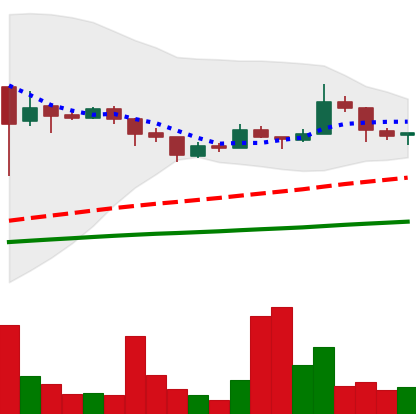
Ticker: LTC-USD
Chart end date: 2018-01-10
Forward return: -7.083%
Label: down_7plus